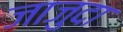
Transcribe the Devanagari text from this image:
जाजुदा